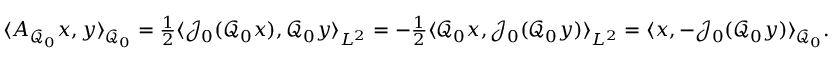
\begin{array} { r } { \langle A _ { \mathcal { Q } _ { 0 } } x , y \rangle _ { \mathcal { Q } _ { 0 } } = \frac { 1 } { 2 } \langle \mathcal { J } _ { 0 } ( \mathcal { Q } _ { 0 } x ) , \mathcal { Q } _ { 0 } y \rangle _ { L ^ { 2 } } = - \frac { 1 } { 2 } \langle \mathcal { Q } _ { 0 } x , \mathcal { J } _ { 0 } ( \mathcal { Q } _ { 0 } y ) \rangle _ { L ^ { 2 } } = \langle x , - \mathcal { J } _ { 0 } ( \mathcal { Q } _ { 0 } y ) \rangle _ { \mathcal { Q } _ { 0 } } . } \end{array}